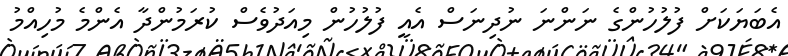
އެބަޔަކަށް ފުލުހުންގެ ނަންނަ ނުދިނަސް އެއީ ފުލުހުން މިއަދުވެސް ކުރަމުންދާ އެންމެ މުހިއްމު